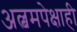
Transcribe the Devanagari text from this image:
अल्बमपेक्षाही